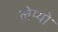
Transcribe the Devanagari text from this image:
लेम्यो